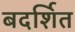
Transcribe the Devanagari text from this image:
बदर्शित